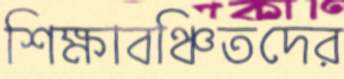
শিক্ষাবঞ্চিতদের